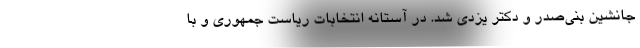
جانشین بنی‌صدر و دکتر یزدی شد. در آستانه انتخابات ریاست جمهوری و با